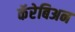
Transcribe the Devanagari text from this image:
कॅरेबिअन